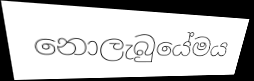
නොලැබුයේමය